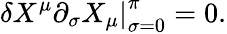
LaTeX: \left.\delta X^{\mu}\partial_{\sigma}X_{\mu}\right|_{\sigma=0}^{\pi}=0.